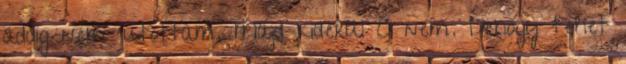
addig nem jutottam. Majd kiderül Ó nem. Dehogy tehet